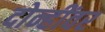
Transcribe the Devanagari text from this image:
दोन्हींवर